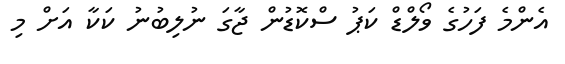
އެންމެ ފަހުގެ ވޯލްޑް ކަޕު ސްކޮޑުން ޖާގަ ނުލިބުނު ކަކާ އަށް މި